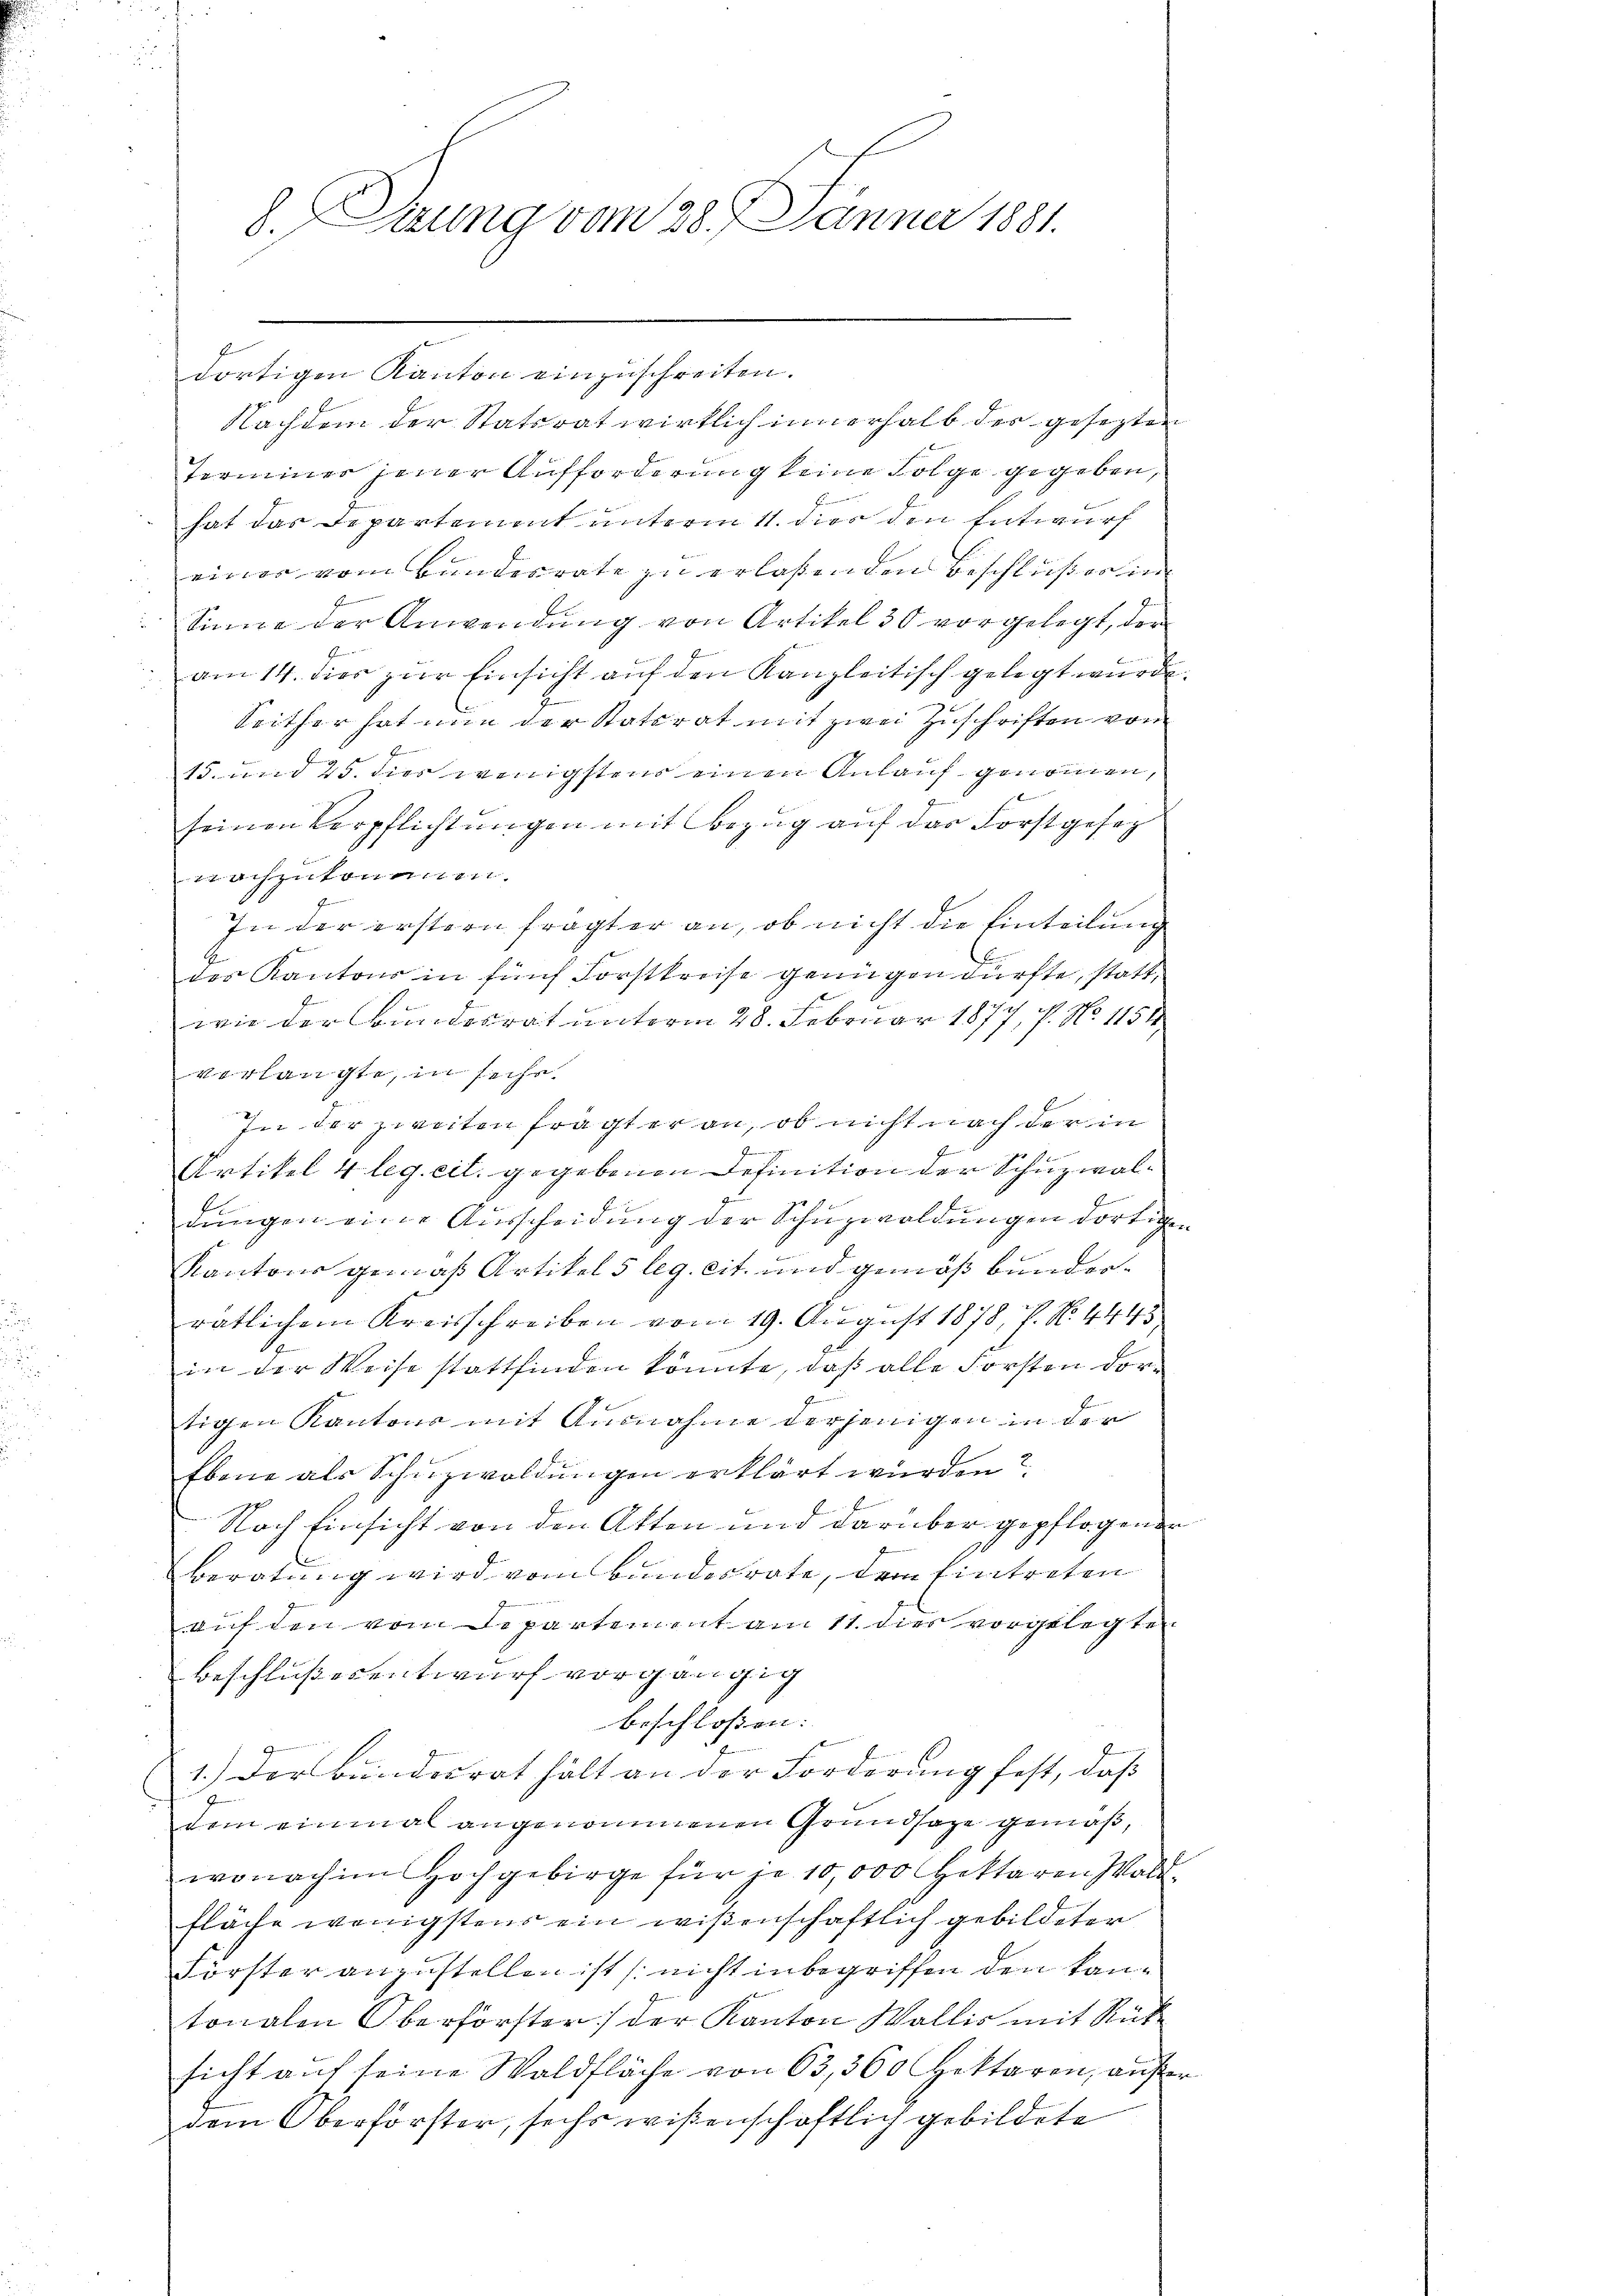
d. Trung vom 28. Jänner 1881.

dortigen Kanton einzuschreiten.
Nachdem der Statsrat wirklich innerhalb der gesezten
Termier jener Aufforderung keine Folge gegeben,
hat das Departement unterm 11. dies den Entwurf
einer vom Bundesrate zu erlassenden Beschlußes in
Sinne der Anwendung von Artikel 30 vorgelegt, der
am 14. dies zur Einsicht auf den Kanzleitisch gelegt wurde
Seither hat nun der Katerat mit zwei Zuschriften von
15. und 25. dies wenigstens einen Anlauf genommen,

seinen Verpflichtungen mit Bezug auf das Forstgesetz
achzukommen.
In der erstern fragter an, ob nicht die Einteilung
des Kantons in fünf Forstkreise genügen dürfte, stattwie der Bundesrat unterm 28. Februar 1877, P. No 1151
vorhängte, in seche
In der zweiten fragter an, ob nicht nach der in
7
Artikel 4 leg. eil. gegebenen Definition der Schuzwal¬
1.
dungen eine Ausscheidung der Schuzwaldungen dortige
Kantons gemäß Artikel 5 leg. cit. und gemäß bunderratlichem Kreisschreiben vom 19. August 1878, V. No. 4445
in der Weise stattfinden könnte, daß alle Forsten dor¬
2
b
tigen Kantons mit Ausnahme derjenigen in der
Ebene als Schuzwoldungen erklärt wurden?
Nach Einsicht von den Atten und darüber gepflogender
Beratung wird vom Bundesrate, dem Eintreten
auf den vom Departement am 11. dies vorgelegten
Beschlußes entwurf vorgängig
beschlossen: |
1.) Der Bunderrat hält an der Forderung fest, daß
dem einmal angenommenen Grundsaze gemäß,
wonoch im Hochgebirge für je 10,000 Hektoren Waldfläche wenigstens ein wißenschaftlich gebildeter
Förster anzustellen ist (nicht inbegriffen den kantonalen Oberförster der Kanton Wallis mit Rück
sicht auf seine Waldfläche von 63, 360 Hektaren, auf
dem Oberförster, sechs wißenschaftlich gebildete